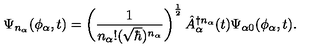
\Psi _ { n _ { \alpha } } ( \phi _ { \alpha } , t ) = \left( \frac { 1 } { n _ { \alpha } ! ( \sqrt { \hbar } ) ^ { n _ { \alpha } } } \right) ^ { \frac { 1 } { 2 } } \hat { A } _ { \alpha } ^ { \dagger n _ { \alpha } } ( t ) \Psi _ { \alpha 0 } ( \phi _ { \alpha } , t ) .